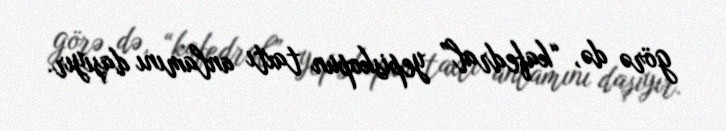
görə də, “kafedral” yepiskopun taxtı anlamını daşıyır.